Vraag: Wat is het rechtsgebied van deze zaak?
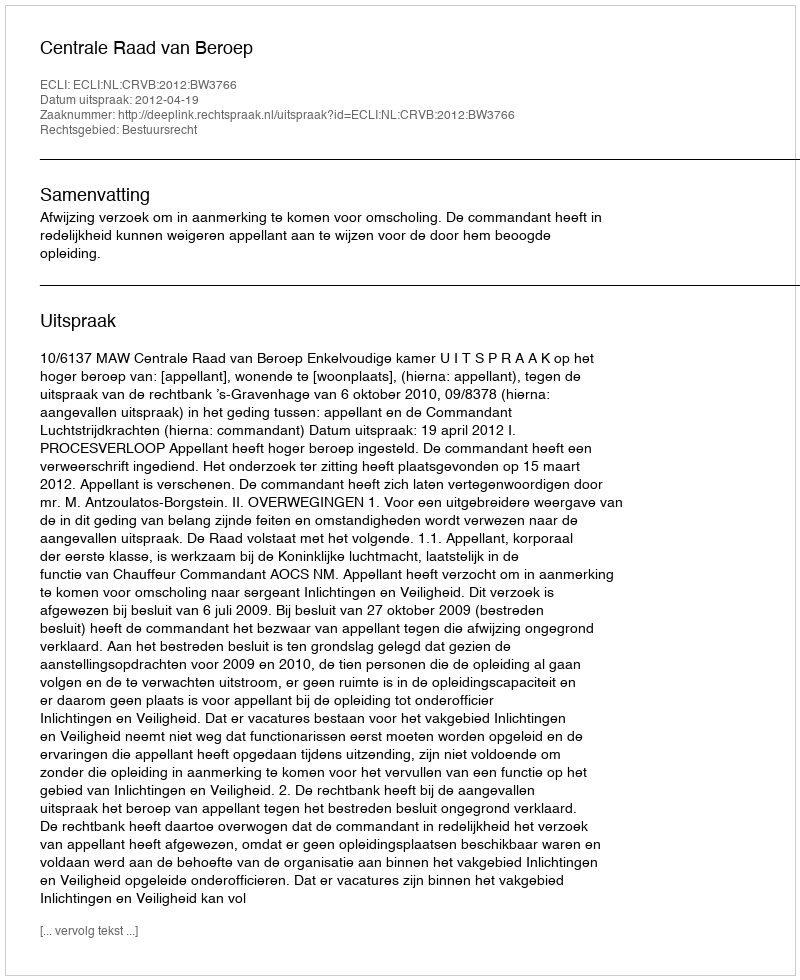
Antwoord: Bestuursrecht